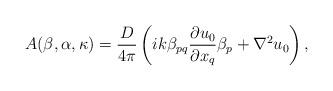
LaTeX: \begin{align*} A(\beta,\alpha,\kappa)=\frac{D}{4\pi}\left(ik\beta_{pq} \frac{\partial u_0}{\partial x_q}\beta_p+\nabla^2 u_0\right),\end{align*}